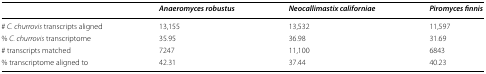
<table><thead><tr><td></td><td><b><i>Anaeromyces robustus</i></b></td><td><b><i>Neocallimastix californiae</i></b></td><td><b><i>Piromyces finnis</i></b></td></tr></thead><tbody><tr><td># <i>C. churrovis</i> transcripts aligned</td><td>13,155</td><td>13,532</td><td>11,597</td></tr><tr><td>% <i>C. churrovis</i> transcriptome</td><td>35.95</td><td>36.98</td><td>31.69</td></tr><tr><td># transcripts matched</td><td>7247</td><td>11,100</td><td>6843</td></tr><tr><td>% transcriptome aligned to</td><td>42.31</td><td>37.44</td><td>40.23</td></tr></tbody></table>